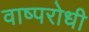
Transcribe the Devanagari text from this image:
वाष्परोधी